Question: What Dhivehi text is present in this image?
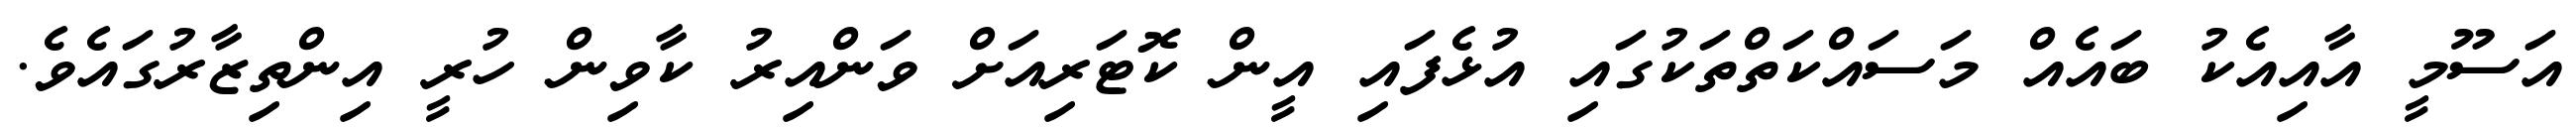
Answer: އަސޫމީ އާއިއެކު ބައެއް މަސައްކަތްތަކުގައި އުޅެފައި އީން ކޮޓަރިއަށް ވަންއިރު ކާވިން ހުރީ އިންތިޒާރުގައެވެ.